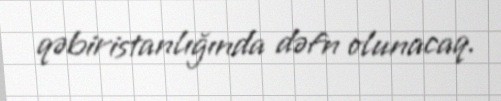
qəbiristanlığında dəfn olunacaq.